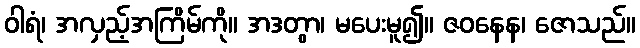
ဝါရံ၊ အလှည့်အကြိမ်ကို။ အဒတွာ၊ မပေးမူ၍။ ဇဝနေန၊ ဇောသည်။